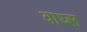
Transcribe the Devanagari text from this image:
वाघ्स